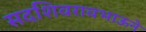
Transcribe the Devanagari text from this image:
सदशिवरावभाऊने